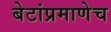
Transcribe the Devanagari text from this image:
बेटांप्रमाणेच